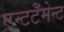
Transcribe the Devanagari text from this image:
एन्टटेँमेन्ट